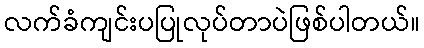
လက်ခံကျင်းပပြုလုပ်တာပဲဖြစ်ပါတယ်။